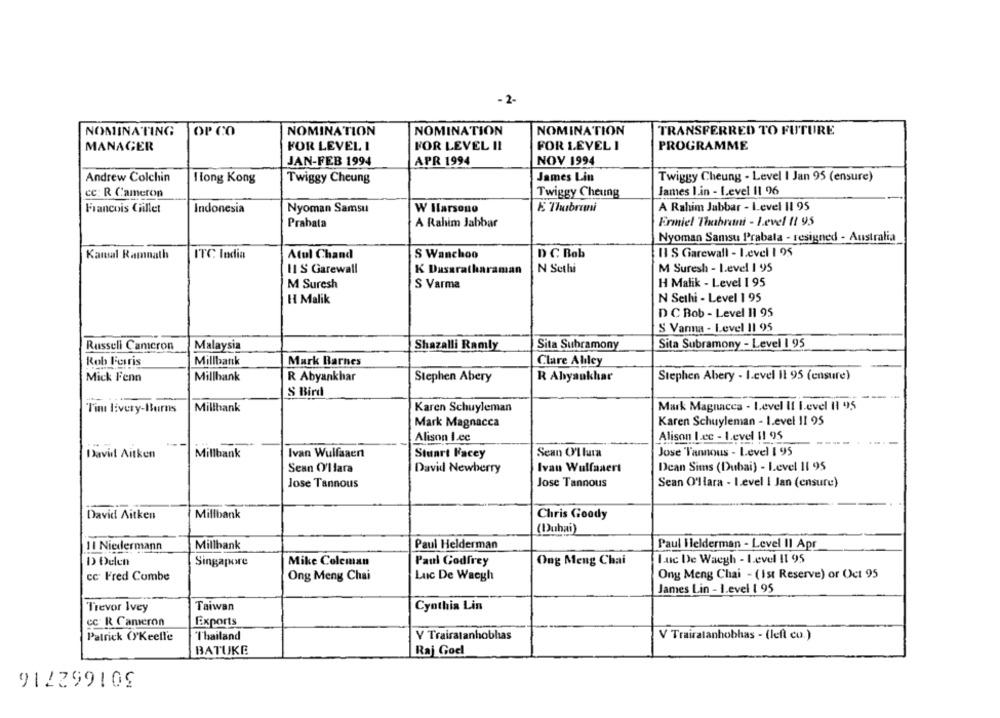
- 2-
NOMINATING
OP CO
NOMINATION
NOMINATION
NOMINATION
TRANSFERRED TO FUTURE
MANAGER
FOR LEVEL I
FOR LEVEL II
FOR LEVEL 1
PROGRAMME
JAN-FEB 1994
APR 1994
NOV 1994
Andrew Colchin
Hong Kong
Twiggy Cheung
James Lin
Twiggy Cheung - Level I Jan 95 (ensure)
cc: R Cameron
Twiggy Cheung
James L.in - Level 1l 96
Francois Gillet
Nyoman Samsu
W Hlarsono
E Thabrani
A Rahim Jabbar - Level Il 95
Indonesia
A Rahim Jabbar
Ermiel Thabrani - Level 11 95
Prahata
Nyoman Samsu Prabala - resigned - Australia
Il S Garewall - Level 1 95
Kamal Ramnath
ITC India
Atul Chand
S Wanchoo
D C. Bab
11 S Garewall
K Dassratharaman
N Sethi
M Suresh - Level 1 95
M Suresh
S Varma
H Malik - Level 1 95
H Malik
N Sethi - Level 1 95
D C Bob - Level 11 95
S Vanna - Level 11 95
Sita Subramony
Sita Subramony - Level I 95
Russell Cameron
Malaysia
Shazalli Ramly
Rob Ferris
Millbank
Mark Barnes
Clare Alley
Mick Fenn
Millhank
R Abyankhar
Stephen Abery
R Abyaukhar
Stephen Abery - Level It 95 (ensure)
S Bird
Tim livery-Burns
Millhank
Karen Schuyleman
Mark Magnaces - Level Il Level Il 95
Mark Magnacca
Karen Schuyleman - Level 11 95
Alison I.cc
Alison Lec - Level 11 95
Ivan Wulfsaert
Jose Vannous - Level 1 95
David Aitken
Millbank
Stuart Facey
Sean O'1 lura
Dean Sims (Dubai) - Level 11 95
Sean O'llara
David Newberry
Ivan Wulfaaert
Jose Tannous
Jose Tannous
Sean O'llara - Level ! Jan (ensure)
David Aitken
Millbank
Chris Goody
(Dubai)
11 Niedermann
Millbank
Paul Helderman
Paul Ilelderman - Level Il Apr
luc De Waegh - Level 11 95
D Delen
Singapore
Mike Coleman
Paul Godfrey
Ong Meng Chai
Ong Meng Chai - (Ist Reserve) or Oct 95
cc Fred Combe
Ong Meng Chai
Luc De Waegh
James Lin - Level 1 95
Trevor Ivey
Taiwan
Cynthia Lin
cc. R Cameron
Exports
Patrick ('Keeffe
'I'hailand
Y Trairatanhobhas
V Trairatanhobhas - (left co.)
BATUKE
Raj Goel
912299109